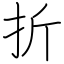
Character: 折